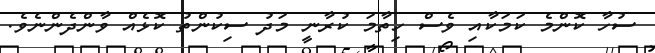
ސުހާ ކޮންމެ ކަމަކާއި ވެސް ހިތާމަ ކުރާނީ މަދު ސިކުންތު ކޮޅެއް ވާންދެންނެވެ.